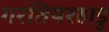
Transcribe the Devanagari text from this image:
गरतियरहाडु